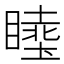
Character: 𱳉